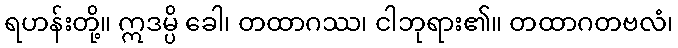
ရဟန်းတို့။ ဣဒမ္ပိ ခေါ၊ တထာဂဿ၊ ငါဘုရား၏။ တထာဂတဗလံ၊